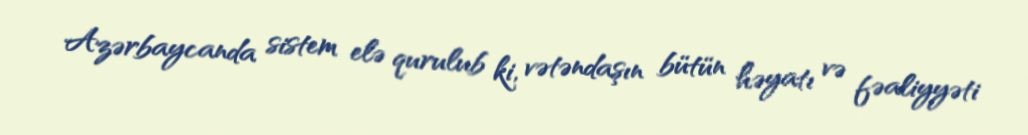
Azərbaycanda sistem elə qurulub ki, vətəndaşın bütün həyatı və fəaliyyəti